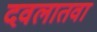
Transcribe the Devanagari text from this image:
दवलातवा